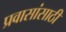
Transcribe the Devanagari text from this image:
प्रवासांसाठी